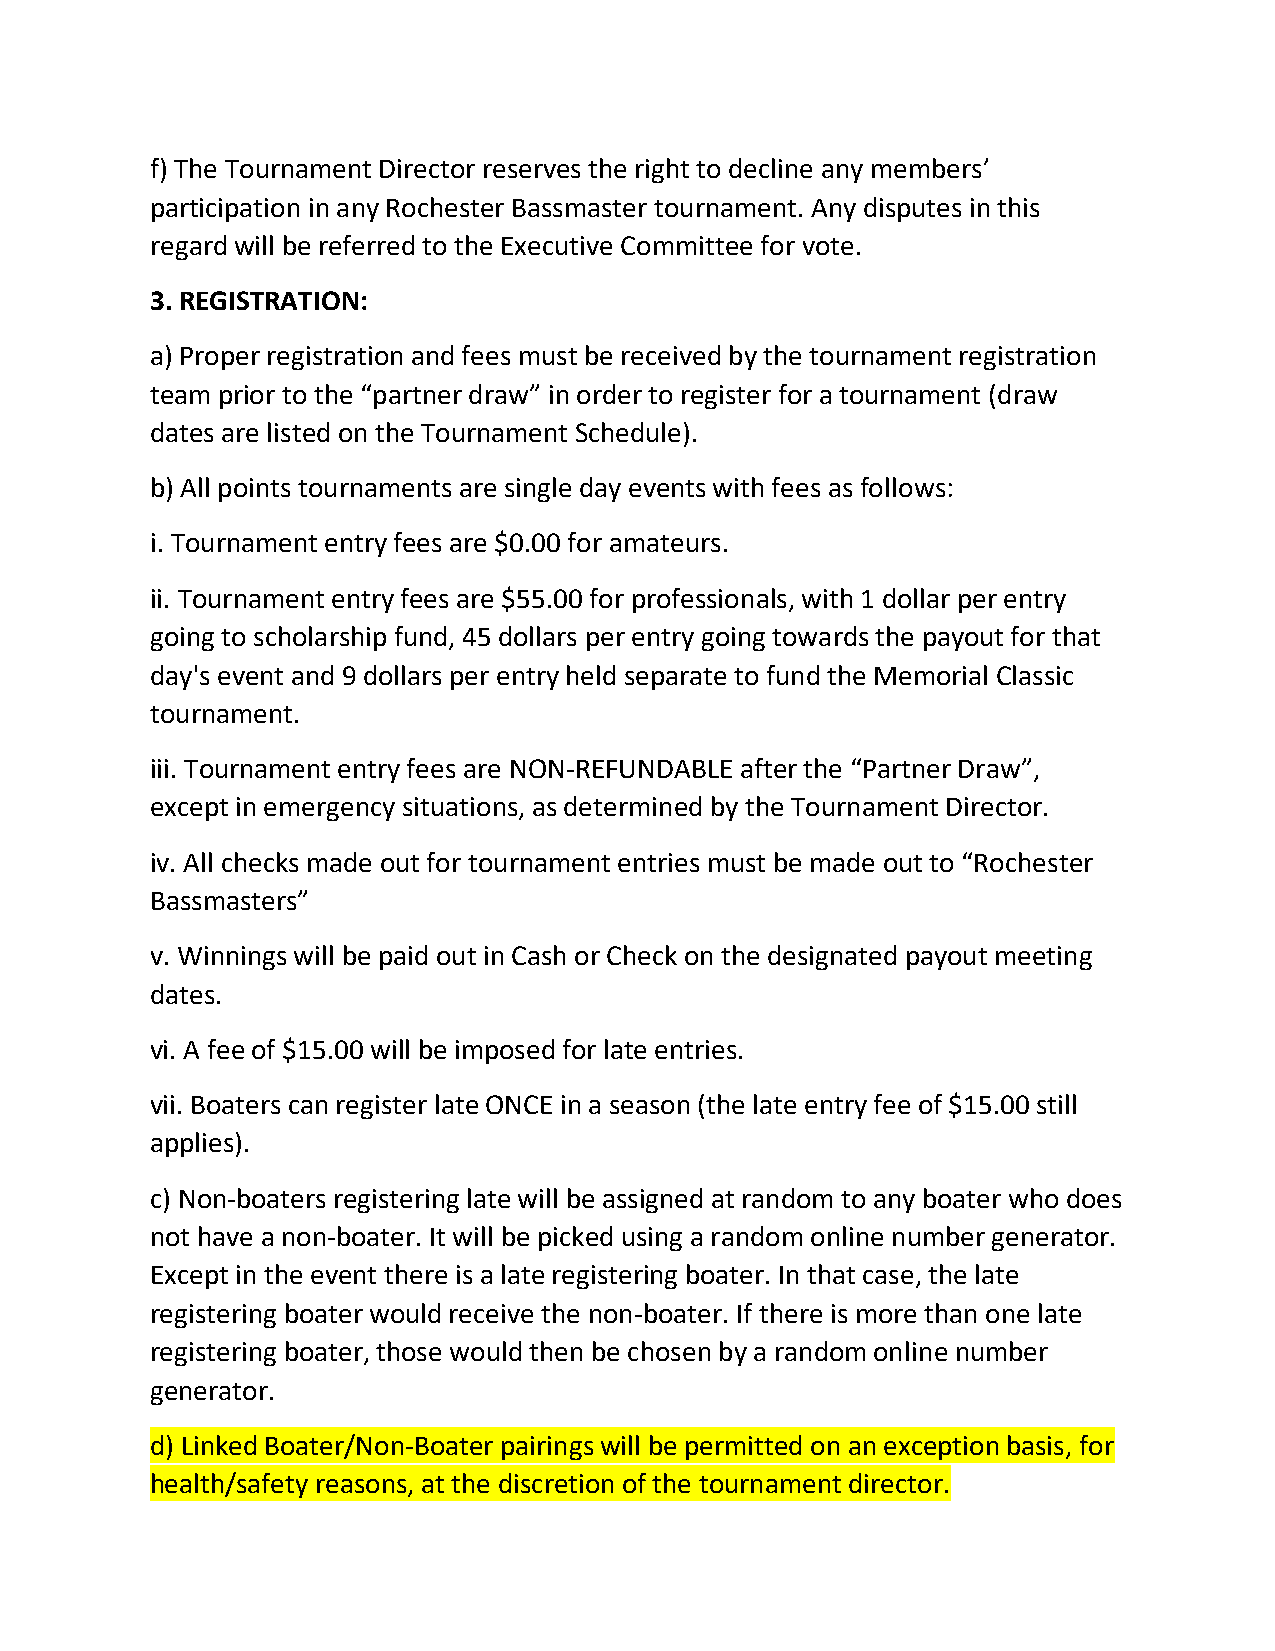
f) The Tournament Director reserves the right to decline any members’
 participation in any Rochester Bassmaster tournament. Any disputes in this
 regard will be referred to the Executive Committee for vote.
 3. REGISTRATION:
 a) Proper registration and fees must be received by the tournament registration
 team prior to the “partner draw” in order to register for a tournament (draw
 dates are listed on the Tournament Schedule).
 b) All points tournaments are single day events with fees as follows:
 i. Tournament entry fees are $0.00 for amateurs.
 ii. Tournament entry fees are $55.00 for professionals, with 1 dollar per entry
 going to scholarship fund, 45 dollars per entry going towards the payout for that
 day's event and 9 dollars per entry held separate to fund the Memorial Classic
 tournament.
 iii. Tournament entry fees are NON-REFUNDABLE after the “Partner Draw”,
 except in emergency situations, as determined by the Tournament Director.
 iv. All checks made out for tournament entries must be made out to “Rochester
 Bassmasters”
 v. Winnings will be paid out in Cash or Check on the designated payout meeting
 dates.
 vi. A fee of $15.00 will be imposed for late entries.
 vii. Boaters can register late ONCE in a season (the late entry fee of $15.00 still
 applies).
 c) Non-boaters registering late will be assigned at random to any boater who does
 not have a non-boater. It will be picked using a random online number generator.
 Except in the event there is a late registering boater. In that case, the late
 registering boater would receive the non-boater. If there is more than one late
 registering boater, those would then be chosen by a random online number
 generator.
 d) Linked Boater/Non-Boater pairings will be permitted on an exception basis, for
 health/safety reasons, at the discretion of the tournament director.